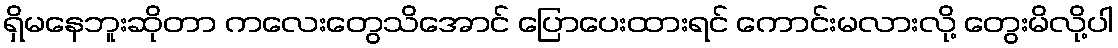
ရှိမနေဘူးဆိုတာ ကလေးတွေသိအောင် ပြောပေးထားရင် ကောင်းမလားလို့ တွေးမိလို့ပါ